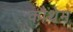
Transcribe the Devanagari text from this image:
कौथेम